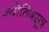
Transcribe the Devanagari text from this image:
ज्योतिषसूत्र